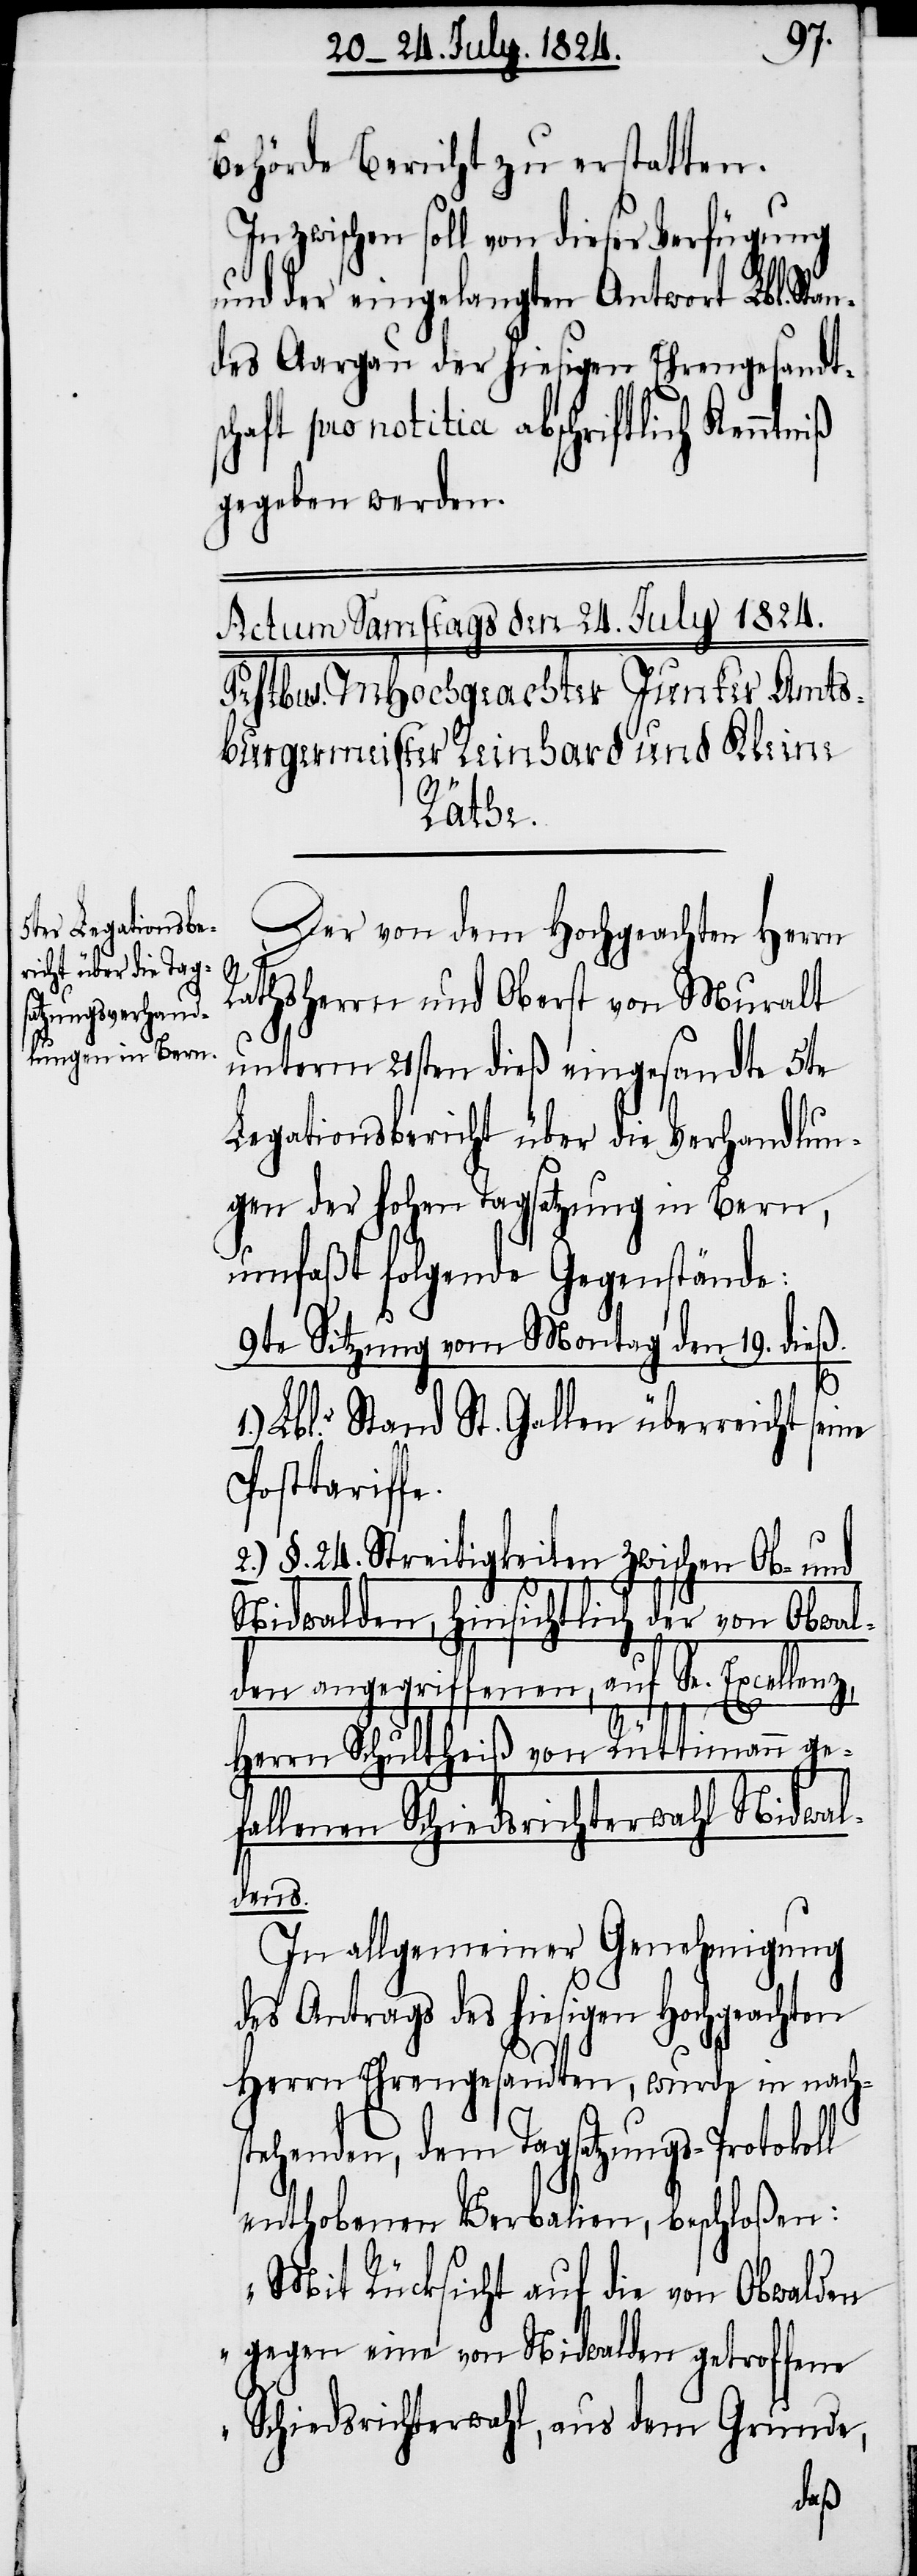
Behörde Bericht zu erstatten.
Inzwischen soll von dieser Verfügung
und der eingelangten Antwort Lbl. Sta¬
ndes Aargau der hiesigen Ehrengesandt¬
schaft pro notitia abschriftlich Kenntniß
gegeben werden.
Der von dem Hochgeachten Herrn
Rathsherrn und Oberst von Muralt
unterm 21sten dieß eingesandte 5te
Legationsbericht über die Verhandlun¬
gen der hohen Tagsatzung in Bern,
umfaßt folgende Gegenstände:
9te Sitzung vom Montag den 19. dieß.
1. Lblr. Stand St. Gallen überreicht seine
Posttariffe.
2.) §. 24. Streitigkeiten zwischen Ob- und
Nidwalden, hinsichtlich der von Obwal¬
den angegriffenen, auf Se. Excellenz,
Herrn Schultheiß von Rüttimann ge¬
fallenen Schiedsrichterwahl Nidwal¬
dens.
In allgemeiner Genehmigung
des Antrags des hiesigen Hochgeachten
Herrn Ehrengesandten, wurde in nachs¬
tehenden dem Tagsatzungs-Protokoll
enthobenen Verbalien, beschloßen:
„Mit Rücksicht auf die von Obwalden
gegen eine von Nidwalden getroffene
Schiedsrichterwahl, aus dem Grunde,